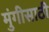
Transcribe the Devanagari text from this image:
मुंगीसाठी